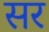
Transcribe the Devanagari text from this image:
सर